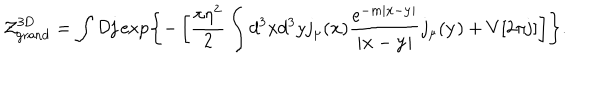
{ \cal Z } _ { \mathrm { g r a n d } } ^ { \mathrm { 3 D } } = \int { \cal D } { \bf j } \exp \left\{ - \left[ \frac { \pi \eta ^ { 2 } } { 2 } \int d ^ { 3 } x d ^ { 3 } y j _ { \mu } ( { \bf x } ) \frac { \mathrm { e } ^ { - m | { \bf x } - { \bf y } | } } { | { \bf x } - { \bf y } | } j _ { \mu } ( { \bf y } ) + V [ 2 \pi { \bf j } ] \right] \right\} .